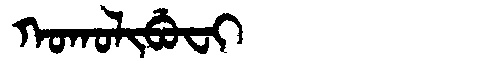
Manchu: ᡴᠣᡴᠣᠯᡳᠪᡠᠸᡳ
Romanization: KOKOLIBUFI